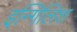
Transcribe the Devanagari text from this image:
इन्गिलिश